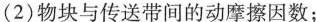
(2)物块与传送带间的动摩擦因数；